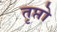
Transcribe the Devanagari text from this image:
तृप्तो